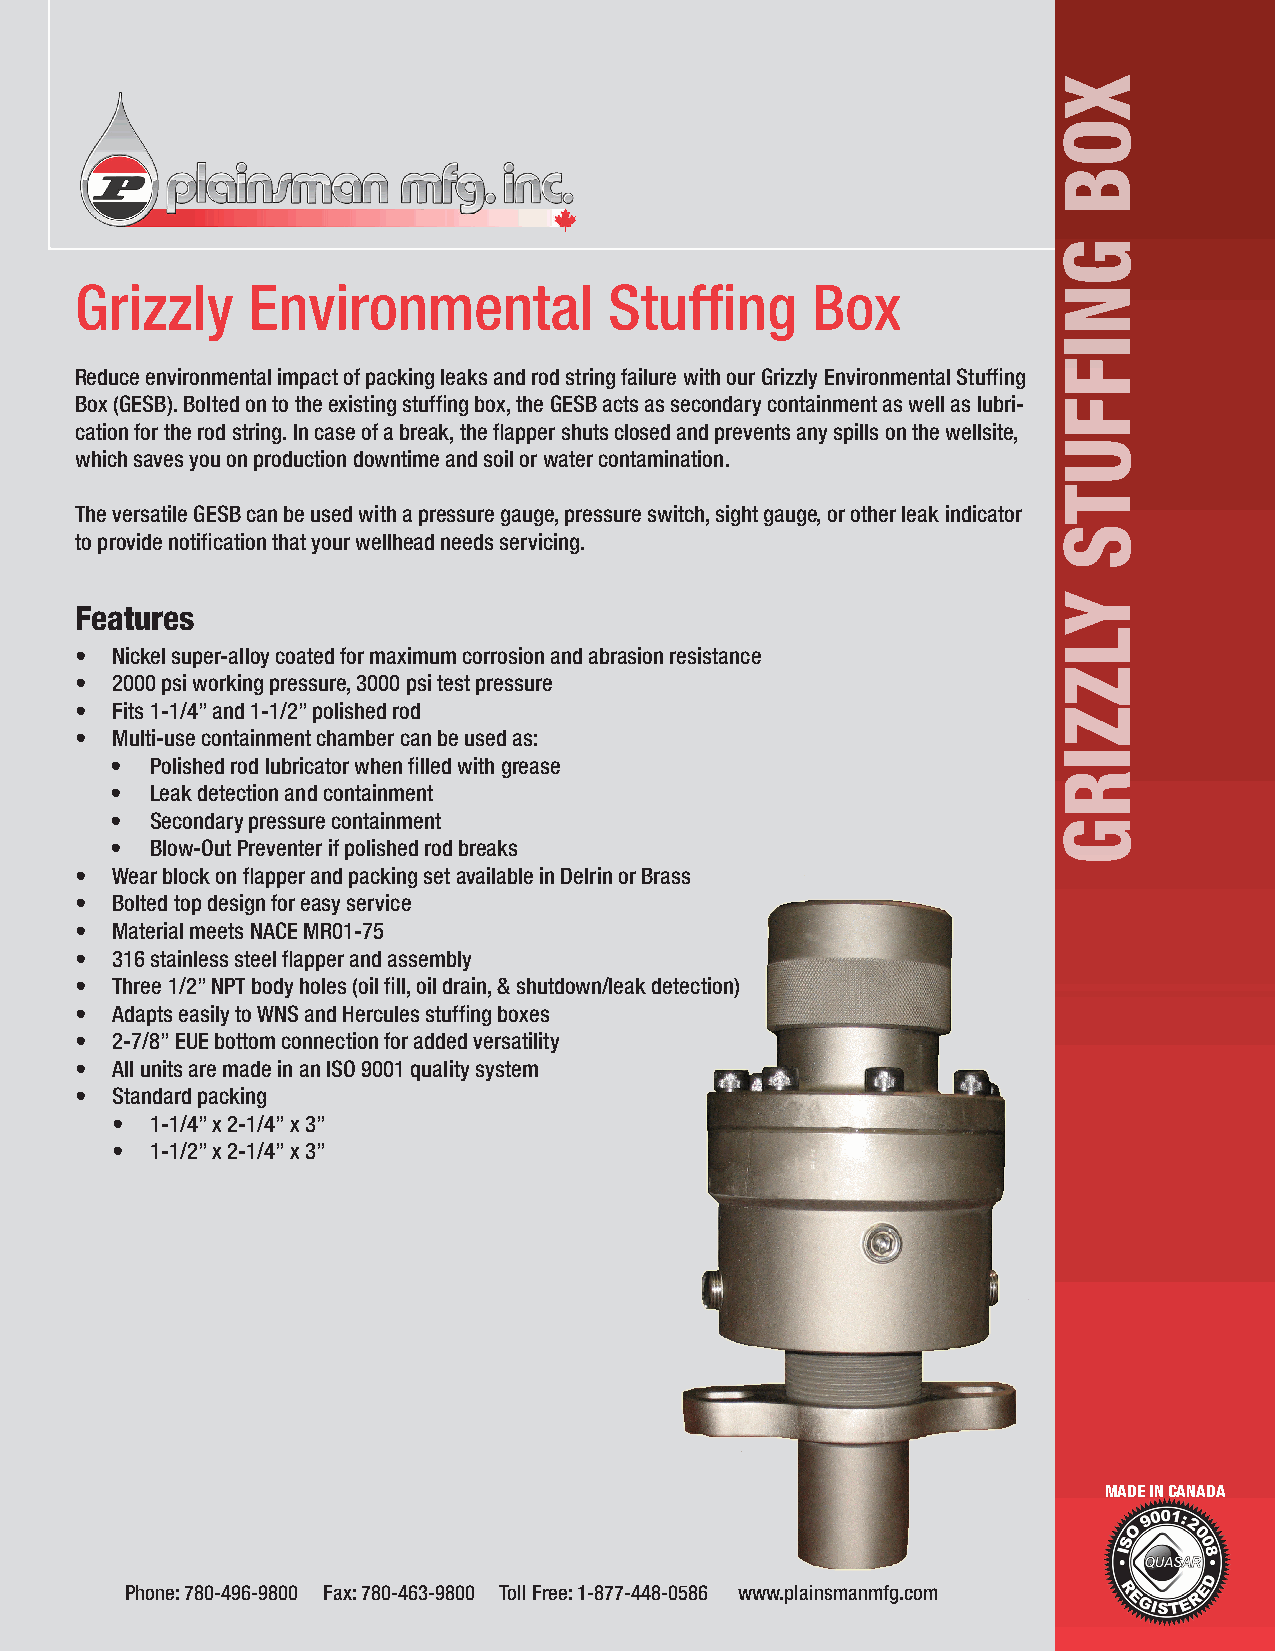
Grizzly    Environmental           Stuffing      Box
 Reduce environmental impact of packing leaks and rod string failure with our Grizzly Environmental Stuffing
 Box (GESB). Bolted on to the existing stuffing box, the GESB acts as secondary containment as well as lubri-
 cation for the rod string. In case of a break, the flapper shuts closed and prevents any spills on the wellsite,
 which saves you on production downtime and soil or water contamination.
 The versatile GESB can be used with a pressure gauge, pressure switch, sight gauge, or other leak indicator
 to provide notification that your wellhead needs servicing.
 Features
 • Nickel super-alloy coated for maximum corrosion and abrasion resistance
 • 2000 psi working pressure, 3000 psi test pressure
 • Fits 1-1/4” and 1-1/2” polished rod
 • Multi-use containment chamber can be used as:
 •  Polished rod lubricator when filled with grease
 •  Leak detection and containment
 •  Secondary pressure containment
 •  Blow-Out Preventer if polished rod breaks
 • Wear block on flapper and packing set available in Delrin or Brass
 • Bolted top design for easy service
 • Material meets NACE MR01-75
 • 316 stainless steel flapper and assembly
 • Three 1/2” NPT body holes (oil fill, oil drain, & shutdown/leak detection)
 • Adapts easily to WNS and Hercules stuffing boxes
 • 2-7/8” EUE bottom connection for added versatility
 • All units are made in an ISO 9001 quality system
 • Standard packing
 •  1-1/4” x 2-1/4” x 3”
 •  1-1/2” x 2-1/4” x 3”
 MADE IN CANADA
 Phone: 780-496-9800 Fax: 780-463-9800 Toll Free: 1-877-448-0586 www.plainsmanmfg.com
 XOB
 GNIFFUTS
 YLZZIRG